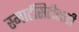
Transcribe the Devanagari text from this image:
स्मार्टसिटीसाठी